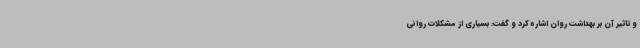
و تاثیر آن بر بهداشت روان اشاره کرد و گفت: بسیاری از مشکلات روانی